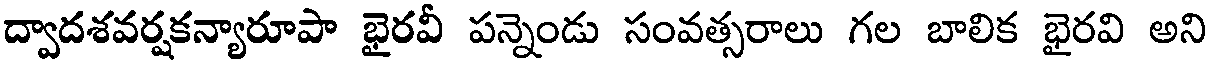
ద్వాదశవర్షకన్యారూపా భైరవీ పన్నెండు సంవత్సరాలు గల బాలిక భైరవి అని